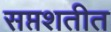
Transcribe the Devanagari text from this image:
सप्तशतीत